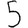
Digit: 5